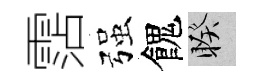
霑强餽睽